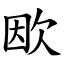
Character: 欭